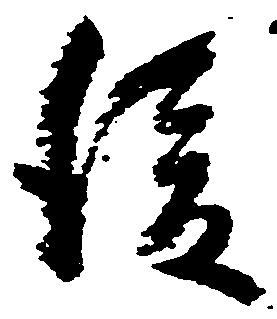
後